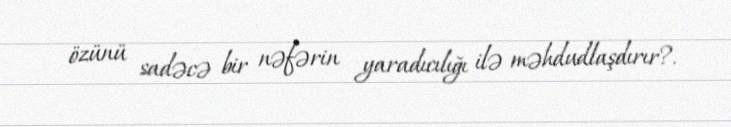
özünü sadəcə bir nəfərin yaradıcılığı ilə məhdudlaşdırır?.